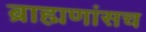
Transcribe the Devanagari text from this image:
ब्राह्मणांसच